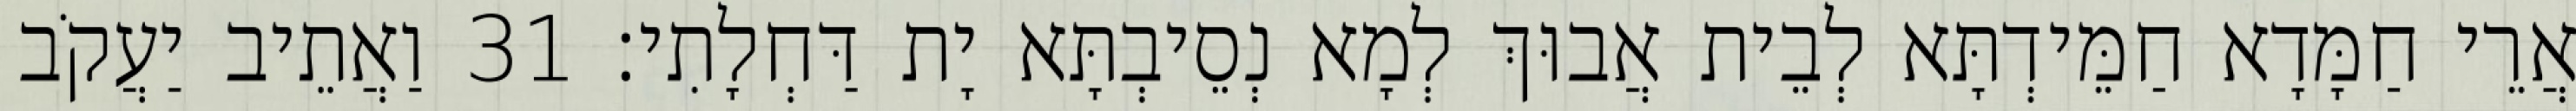
אֲרֵי חַמָּדָא חַמֵּידְתָּא לְבֵית אֲבוּךְ לְמָא נְסֵיבְתָּא יָת דַּחְלָתִי׃ 31 וַאֲתֵיב יַעֲקֹב